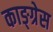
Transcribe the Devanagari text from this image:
काङ्ग्रेस